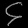
Digit: ၄